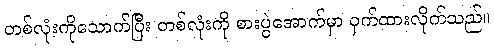
တစ်လုံးကိုသောက်ပြီး တစ်လုံးကို စားပွဲအောက်မှာ ဝှက်ထားလိုက်သည်။